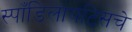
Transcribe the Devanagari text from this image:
स्पाँडिलायटिसचे